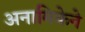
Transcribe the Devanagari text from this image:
अनामिकेने